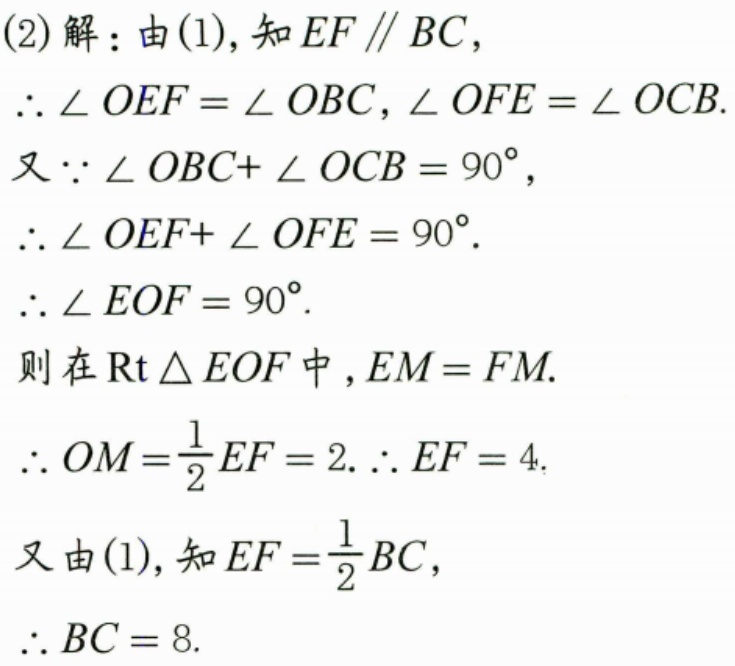
(2)解：由(1),知$EF\parallel BC$,
$\therefore\angle OEF=\angle OBC,\angle OFE=\angle OCB$.
又$\because\angle OBC + \angle OCB = 90^{\circ}$,
$\therefore\angle OEF+\angle OFE = 90^{\circ}$.
$\therefore\angle EOF = 90^{\circ}$.
则在$\text{Rt}\triangle EOF$中,$EM = FM$.
$\therefore OM=\frac{1}{2}EF = 2.\therefore EF = 4.$
又由(1),知$EF=\frac{1}{2}BC$,
$\therefore BC = 8.$